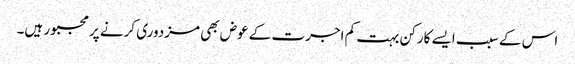
اس کے سبب ایسے کارکن بہت کم اجرت کے عوض بھی مزدوری کرنے پر مجبور ہیں۔